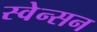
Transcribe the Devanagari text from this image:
स्वेन्सन